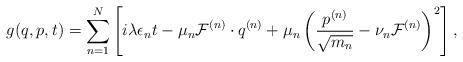
LaTeX: \begin{align*}g(q, p, t) = \sum_{n=1}^N\left[i \lambda \epsilon_n t - \mu_n {\cal F}^{(n)} \cdot q^{(n)} + \mu_n \left( \frac{p^{(n)}}{\sqrt{m_n}} - \nu_n {\cal F}^{(n)} \right)^2 \right],\end{align*}